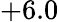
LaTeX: +6.0